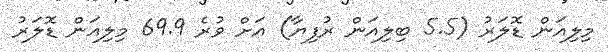
މިލިއަން ޑޮލަރު (5.5 ބިލިއަން ރުފިޔާ) އަށް ވުރެ 69.9 މިލިއަން ޑޮލަރު